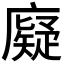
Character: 𪪧